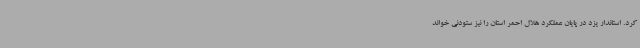
کرد. استاندار یزد در پایان عملکرد هلال احمر استان را نیز ستودنی خواند